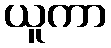
ယူကာ